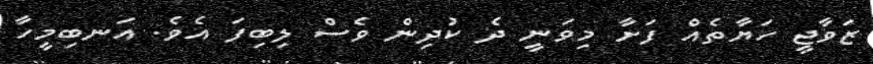
ޒަވާޖީ ހަޔާތެއް ފަށާ މިވަނީ ދެ ކުދިން ވެސް ލިބިފަ އެވެ. އަނބިމީހާ